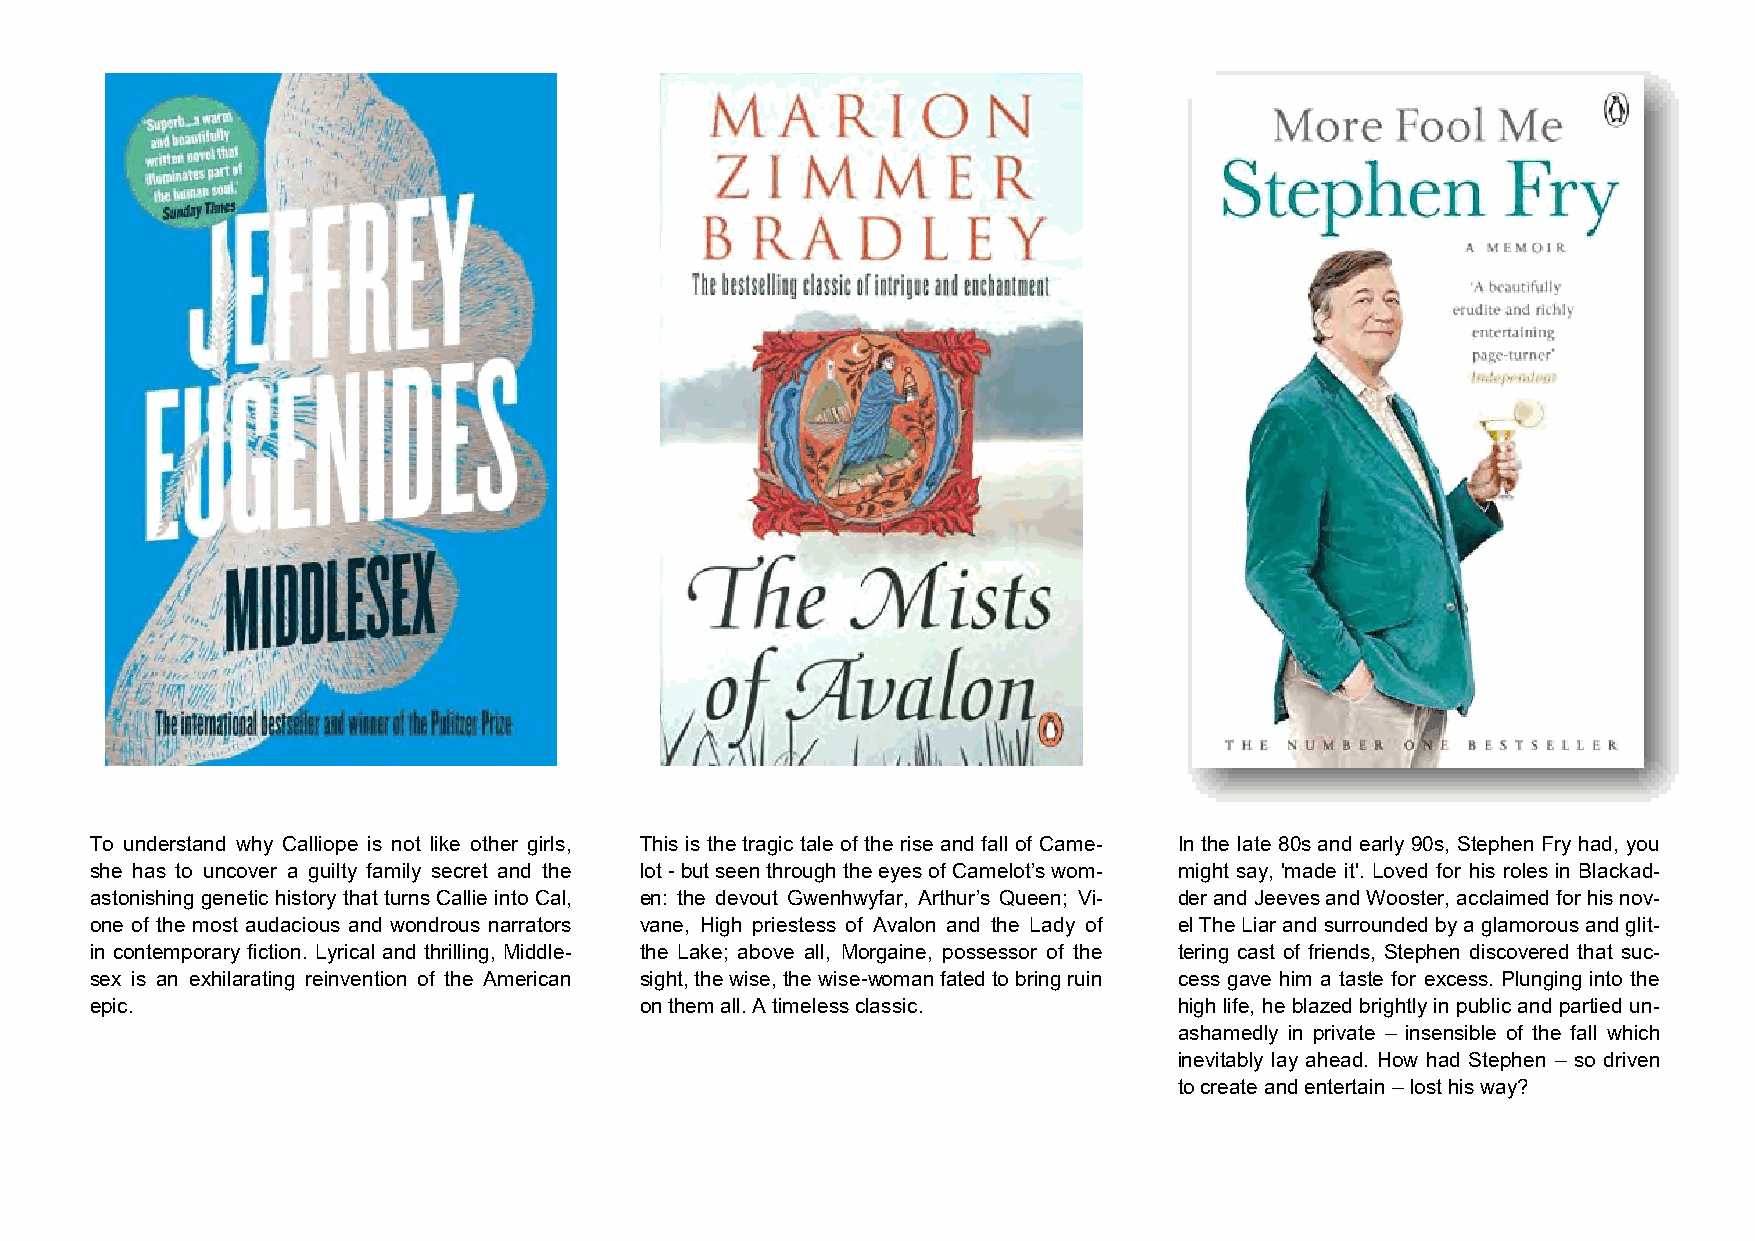
To understand why Calliope is not like other girls, This is the tragic tale of the rise and fall of Came- In the late 80s and early 90s, Stephen Fry had, you
 she has to uncover a guilty family secret and the lot - but seen through the eyes of Camelot’s wom- might say, 'made it'. Loved for his roles in Blackad-
 astonishing genetic history that turns Callie into Cal, en: the devout Gwenhwyfar, Arthur’s Queen; Vi- der and Jeeves and Wooster, acclaimed for his nov-
 one of the most audacious and wondrous narrators vane, High priestess of Avalon and the Lady of el The Liar and surrounded by a glamorous and glit-
 in contemporary fiction. Lyrical and thrilling, Middle- the Lake; above all, Morgaine, possessor of the tering cast of friends, Stephen discovered that suc-
 sex is an exhilarating reinvention of the American sight, the wise, the wise-woman fated to bring ruin cess gave him a taste for excess. Plunging into the
 epic.                               on them all. A timeless classic.    high life, he blazed brightly in public and partied un-
 ashamedly in private – insensible of the fall which
 inevitably lay ahead. How had Stephen – so driven
 to create and entertain – lost his way?